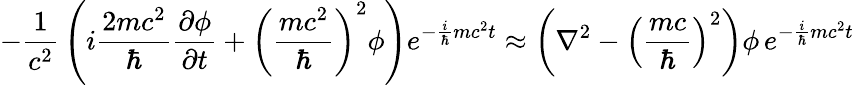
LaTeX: -{\frac{1}{c^{2}}}\left(i{\frac{2mc^{2}}{\hbar}}{\frac{\partial\phi}{\partial t}}+\left({\frac{mc^{2}}{\hbar}}\right)^{2}\phi\right)e^{-{\frac{i}{\hbar}}mc^{2}t}\approx\left(\nabla^{2}-\left({\frac{mc}{\hbar}}\right)^{2}\right)\phi\, e^{-{\frac{i}{\hbar}}mc^{2}t}